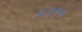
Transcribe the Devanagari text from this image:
५३१६